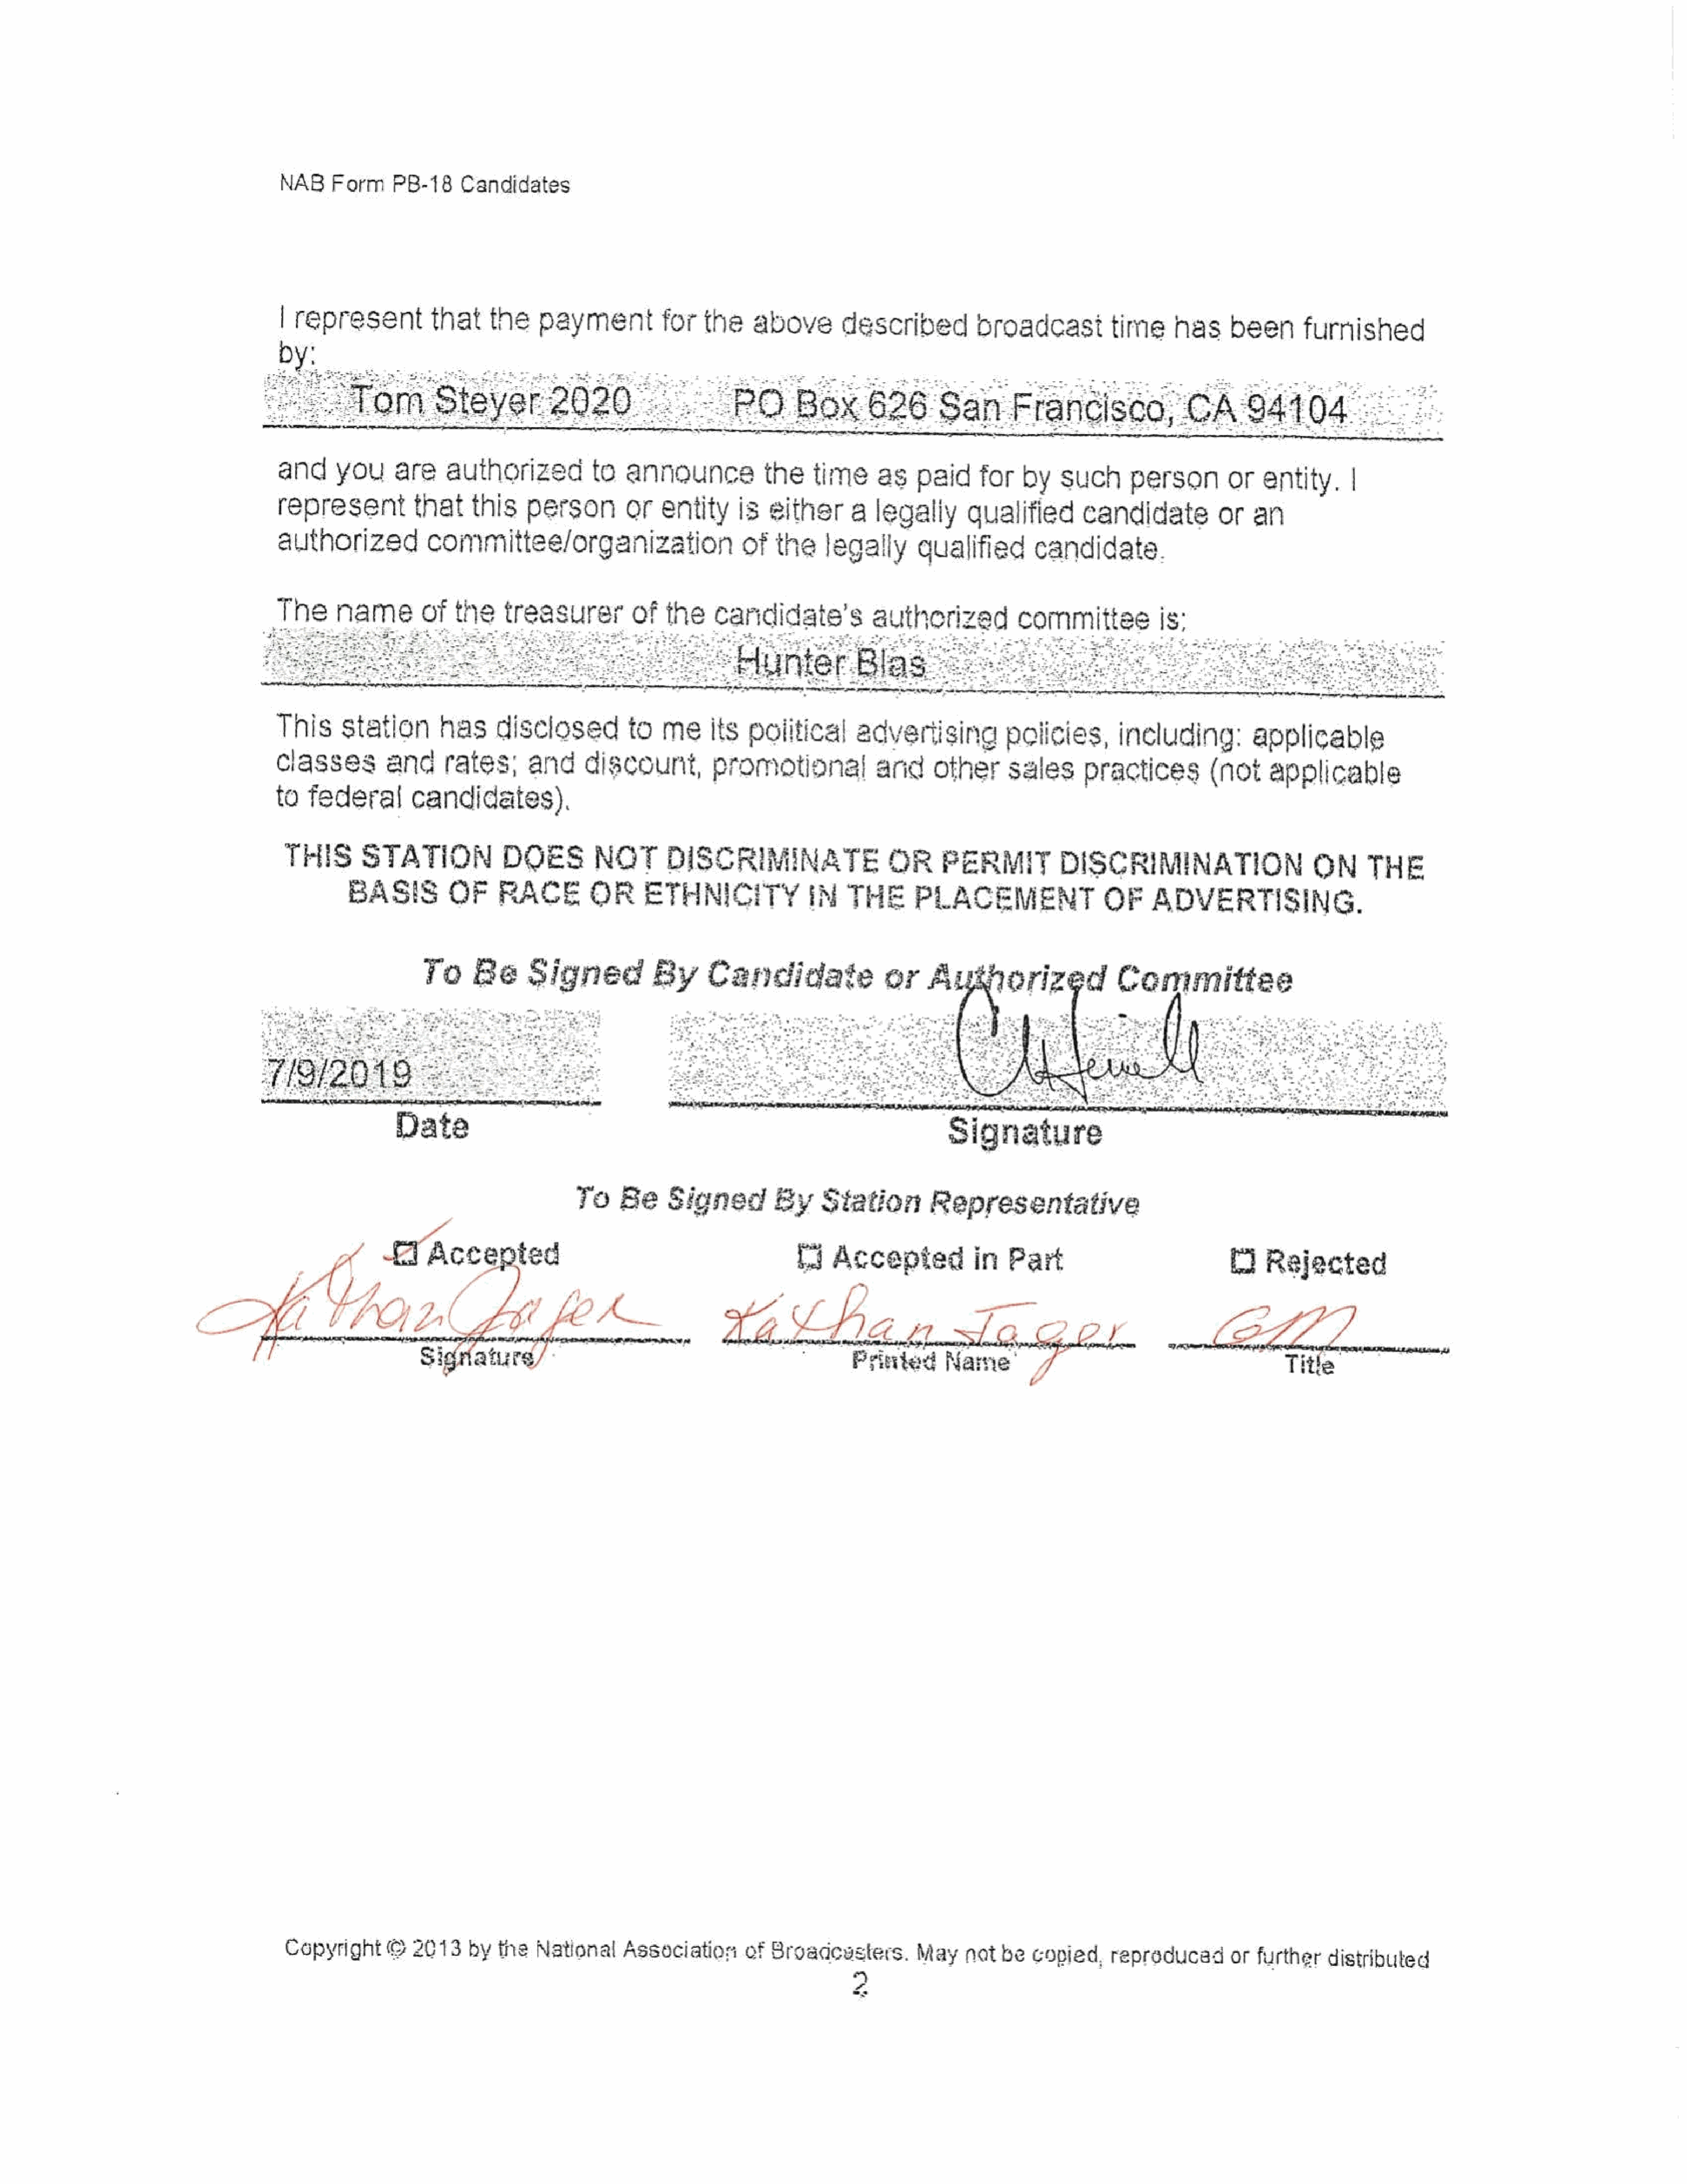
NAB     Form    PB8-18    Candidates
 | represent           that    the    payment        for      the    above       described           broadcasttime               has     been      furnished
 by:
 srStayer2620.
 POBOX                656SanFrandised)                             GASA10a
 and     you     are     authorized           to   announcethetime                     as   paid     for   by    such      personorentity.              |
 representthat               this   person         orentity        is  either      a  legally      qualified        candidate          or   an
 authorized           committee/organization                       of   the    legally      qualified        candidate.
 The      name     of      the    treasurerof            the    candidate’s            authorized           committee           is:
 This     station       has     disclosed          to   meits       poiitical      advertising           policies,       including:         applicable
 Classes        and      rates,      and     discount,         promotional            and      other     sales      practices         (not    applicable
 to   federal        candidates).
 THIS       STATION             DOES         NOT       DISCRIMINATE                    OR      PERMIT           DISCRIMINATION                      ON      THE
 BASIS         OF     RACE         OR      ETHNICITY               IN   THE       PLACEMENT                  OF     ADVERTISING.
 To     Be     Signed            By      Candidate                 or    Authorized                 Committee
 Signature
 To     Be    Signed          By    Station         Representative
 fj   Accepted            in   Part                            (i   Rejected
 ‘han                     Ja
 Aen                                dager                        LEZ)
 Pritrted             Name’
 Title
 Copyright     ©   2013    by  the   National    Association       of Sroadcusters.        May    nat  be   copied,    reproducad       or  further   distributed
 2
 &